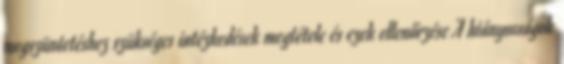
megszüntetéshez szükséges intézkedések megtétele és ezek ellenőrzése A hiányosságok